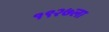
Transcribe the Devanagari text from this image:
१९२७ला